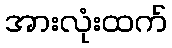
အားလုံးထက်